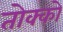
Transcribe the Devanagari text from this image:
तोक्को